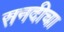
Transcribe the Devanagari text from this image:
सनदीचा